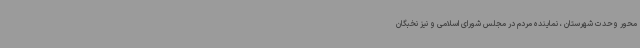
محور وحدت شهرستان ، نماینده مردم در مجلس شورای اسلامی و نیز نخبگان